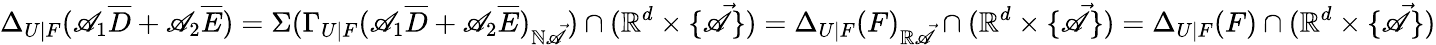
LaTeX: \Delta_{U|F}(\mathscr{A}_{1}\overline{{{D}}}+\mathscr{A}_{2}\overline{{{E}}})=\Sigma(\Gamma_{U|F}(\mathscr{A}_{1}\overline{{{D}}}+\mathscr{A}_{2}\overline{{{E}}})_{\mathbb{{N}}\vec{{\mathscr{A}}}})\cap(\mathbb{{R}}^{d}\times\{ \vec{{\mathscr{A}}}\} )=\Delta_{U|F}(F)_{\mathbb{{R}}\vec{{\mathscr{A}}}}\cap(\mathbb{{R}}^{d}\times\{ \vec{{\mathscr{A}}}\} )=\Delta_{U|F}(F)\cap(\mathbb{{R}}^{d}\times\{ \vec{{\mathscr{A}}}\} )